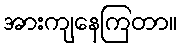
အားကျနေကြတာ။